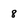
Character: 8